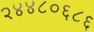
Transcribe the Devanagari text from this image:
२४४८०६८६